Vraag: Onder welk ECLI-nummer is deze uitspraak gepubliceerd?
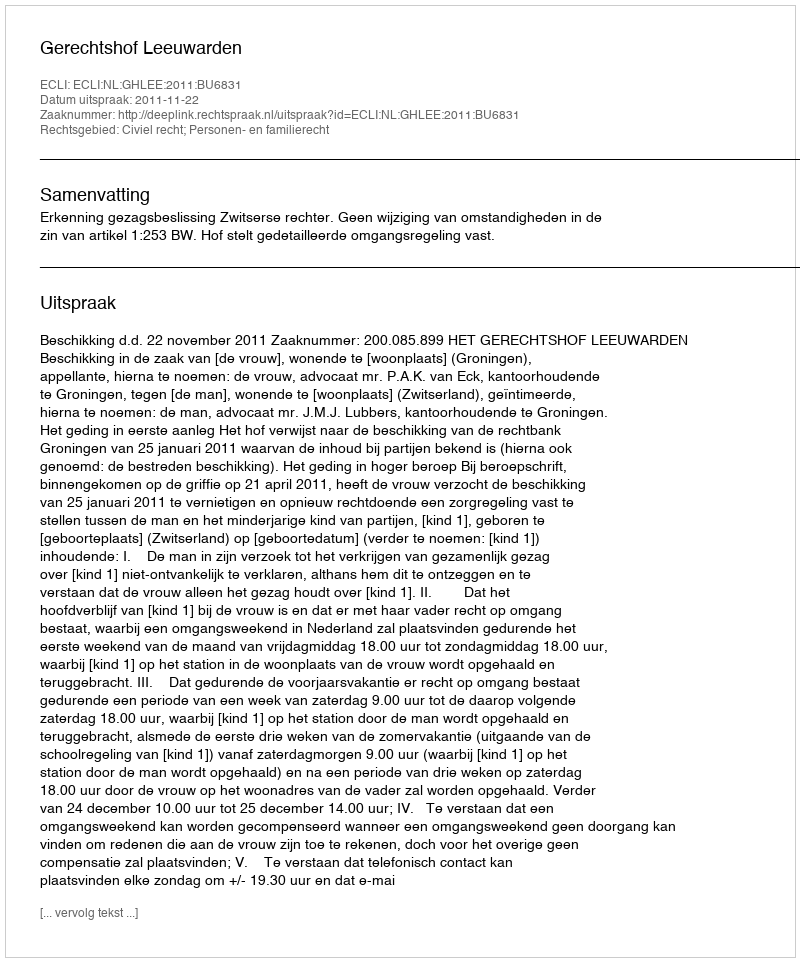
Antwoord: ECLI:NL:GHLEE:2011:BU6831